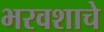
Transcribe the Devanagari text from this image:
भरवशाचे